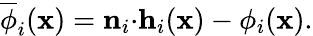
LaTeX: \overline{{\phi}}_{i}(\mathbf{x})=\mathbf{n}_{i}{\cdot}\mathbf{h}_{i}(\mathbf{x})-\phi_{i}(\mathbf{x}).